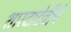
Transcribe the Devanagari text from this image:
शारदादेवीचे